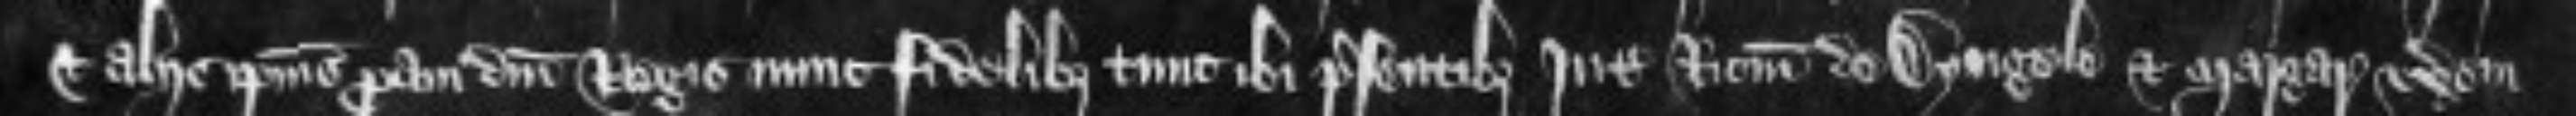
et aliis ipsius proavi domini Regis nunc fidelibus tunc ibi presentibus inter Ricardum de Dyngele et Margaret uxorem